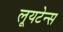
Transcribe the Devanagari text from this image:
लूयटेन्स